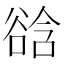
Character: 谽